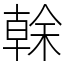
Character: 𠏉